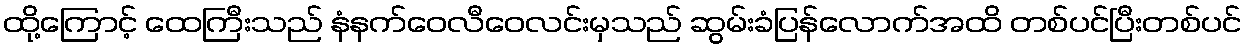
ထို့ကြောင့် ထေကြီးသည် နံနက်ဝေလီဝေလင်းမှသည် ဆွမ်းခံပြန်လောက်အထိ တစ်ပင်ပြီးတစ်ပင်